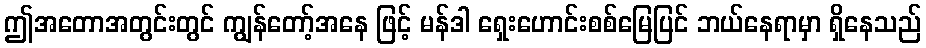
ဤအတောအတွင်းတွင် ကျွန်တော့်အနေ ဖြင့် မန်ဒါ ရှေးဟောင်းစစ်မြေပြင် ဘယ်နေရာမှာ ရှိနေသည်